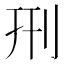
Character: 𠛬